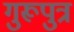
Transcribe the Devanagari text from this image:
गुरूपुत्र